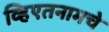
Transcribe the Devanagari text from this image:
व्हिएतनामचे